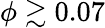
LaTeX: \phi\gtrsim 0.07